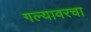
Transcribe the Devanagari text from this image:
गल्यावरचा